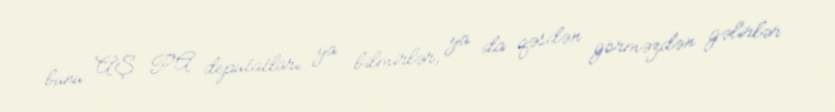
bunu AŞ PA deputatları ya bilmirlər, ya da qəsdən görməzdən gəlirlər.